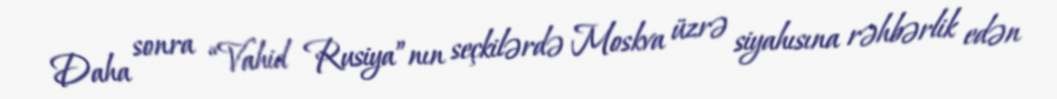
Daha sonra “Vahid Rusiya”nın seçkilərdə Moskva üzrə siyahısına rəhbərlik edən